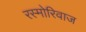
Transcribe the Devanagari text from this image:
रस्मोरिवाज